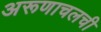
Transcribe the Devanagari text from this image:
अरूणाचलची